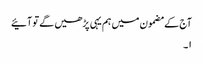
آج کے مضمون میں ہم یہی پڑھیں گے تو آئیے
۱۔